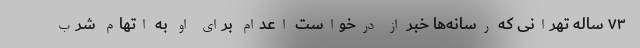
۷۳ ساله تهرانی که رسانه‌ها خبر از درخواست اعدام برای او به اتهام شرب